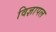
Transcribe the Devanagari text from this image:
विज्ञापल